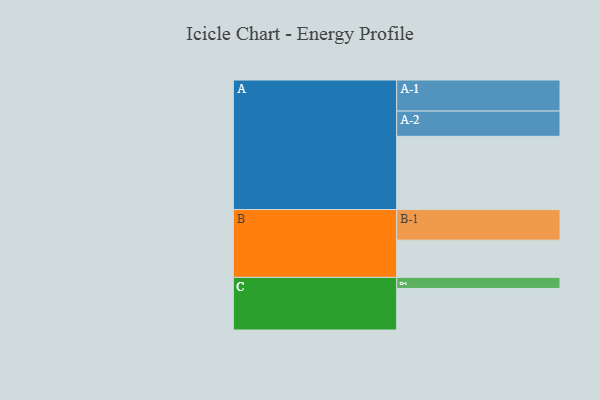
{"axis": {"x": "Segment", "y": "Value"}, "legend": ["", "A", "B", "C"], "data": [{"x": "A", "y": 594, "type": ""}, {"x": "B", "y": 302, "type": ""}, {"x": "C", "y": 337, "type": ""}, {"x": "A-1", "y": 252, "type": "A"}, {"x": "A-2", "y": 205, "type": "A"}, {"x": "B-1", "y": 248, "type": "B"}, {"x": "C-1", "y": 90, "type": "C"}]}